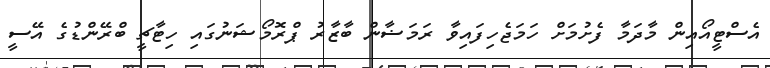
އެސްޓީއޯއިން މާދަމާ ފެށުމަށް ހަމަޖެހިފައިވާ ރަމަޟާން ބާޒާރު ޕްރޮމޯޝަނުގައި ހިޓާޗީ ބްރޭންޑުގެ އޭސީ